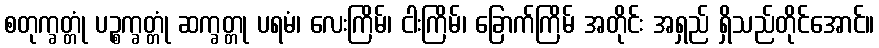
စတုက္ခတ္တုံ ပဉ္စက္ခတ္တုံ ဆက္ခတ္တု ပရမံ၊ လေးကြိမ်၊ ငါးကြိမ်၊ ခြောက်ကြိမ် အတိုင်း အရှည် ရှိသည်တိုင်အောင်။